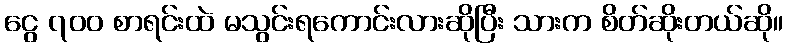
ငွေ ၇၀၀ စာရင်းထဲ မသွင်းရကောင်းလားဆိုပြီး သားက စိတ်ဆိုးတယ်ဆို။